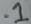
Text: .1